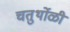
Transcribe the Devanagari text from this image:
चतुर्थोळी